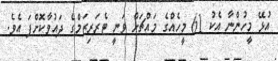
އުޅޭ މީހުންނާ އެކު 61 މީހެއްގެ މައްޗަށް ވަނީ ޓެރަރިޒަމްގެ ދައުވާކޮށްފަ އެވެ.